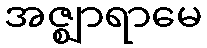
အဇ္ဈာရာမေ